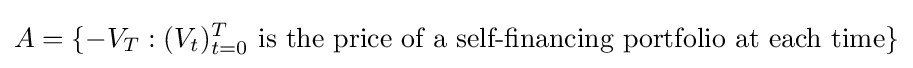
A=\{-V_{T}:(V_{t})_{t=0}^{T}{\text{ is the price of a self-financing portfolio at each time}}\}